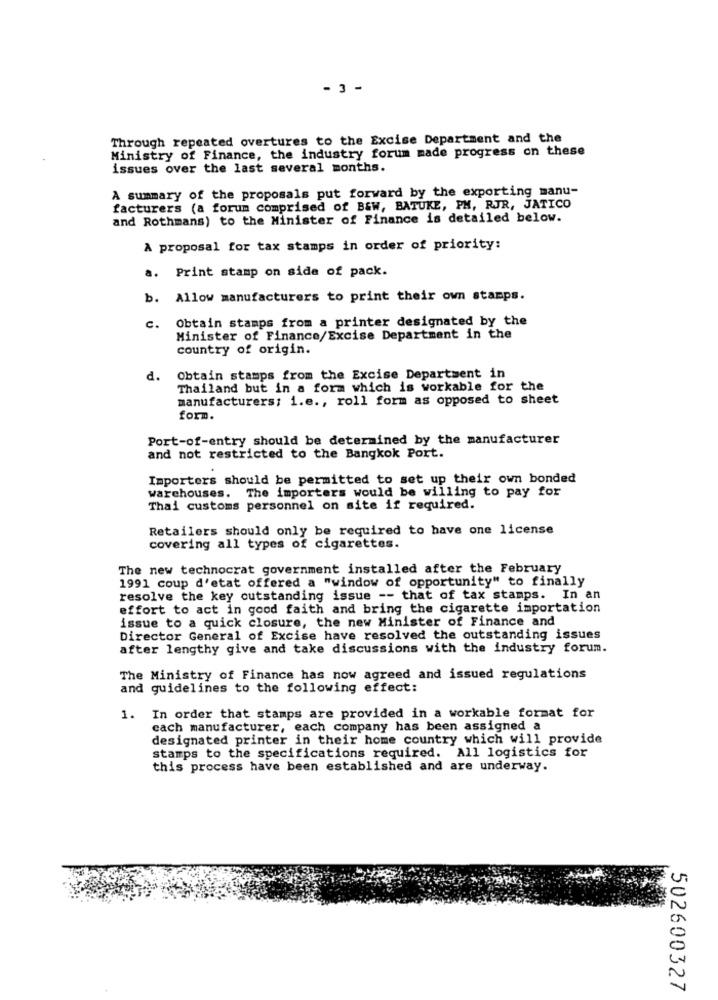
- 3 -
Through repeated overtures to the Excise Department and the
Ministry of Finance, the industry forum made progress on these
issues over the last several months.
A summary of the proposals put forward by the exporting manu-
facturers (a forum comprised of B&W, BATUKE, PM, RJR, JATICO
and Rothmans) to the Minister of Finance is detailed below.
A proposal for tax stamps in order of priority:
a. Print stamp on side of pack.
b. Allow manufacturers to print their own stamps.
Obtain stamps from a printer designated by the
c.
Minister of Finance/Excise Department in the
country of origin.
d.
Obtain stamps from the Excise Department in
Thailand but in a form which is workable for the
manufacturers; i.e ., roll form as opposed to sheet
form.
Port-of-entry should be determined by the manufacturer
and not restricted to the Bangkok Port.
Importers should be permitted to set up their own bonded
warehouses. The importers would be willing to pay for
Thai customs personnel on site if required.
Retailers should only be required to have one license
covering all types of cigarettes.
The new technocrat government installed after the February
1991 coup d'etat offered a "window of opportunity" to finally
resolve the key outstanding issue -- that of tax stamps. In an
effort to act in good faith and bring the cigarette importation
issue to a quick closure, the new Minister of Finance and
Director General of Excise have resolved the outstanding issues
after lengthy give and take discussions with the industry forum.
The Ministry of Finance has now agreed and issued regulations
and guidelines to the following effect:
1. In order that stamps are provided in a workable format for
cach manufacturer, each company has been assigned a
designated printer in their home country which will provide
stamps to the specifications required. All logistics for
this process have been established and are underway.
502600327